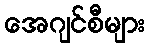
အေဂျင်စီများ